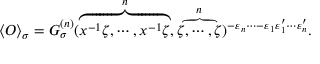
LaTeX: \langle { \cal O } \rangle _ { \sigma } = G _ { \sigma } ^ { ( n ) } ( \overbrace { x ^ { - 1 } \zeta , \cdots , x ^ { - 1 } \zeta } ^ { n } , \overbrace { \zeta , \cdots , \zeta } ^ { n } ) ^ { - \varepsilon _ { n } \cdots - \varepsilon _ { 1 } \varepsilon _ { 1 } ^ { \prime } \cdots \varepsilon _ { n } ^ { \prime } } .